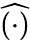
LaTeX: \widehat{(\cdot)}